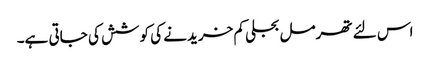
اس لئے تھرمل بجلی کم خریدنے کی کوشش کی جاتی ہے۔